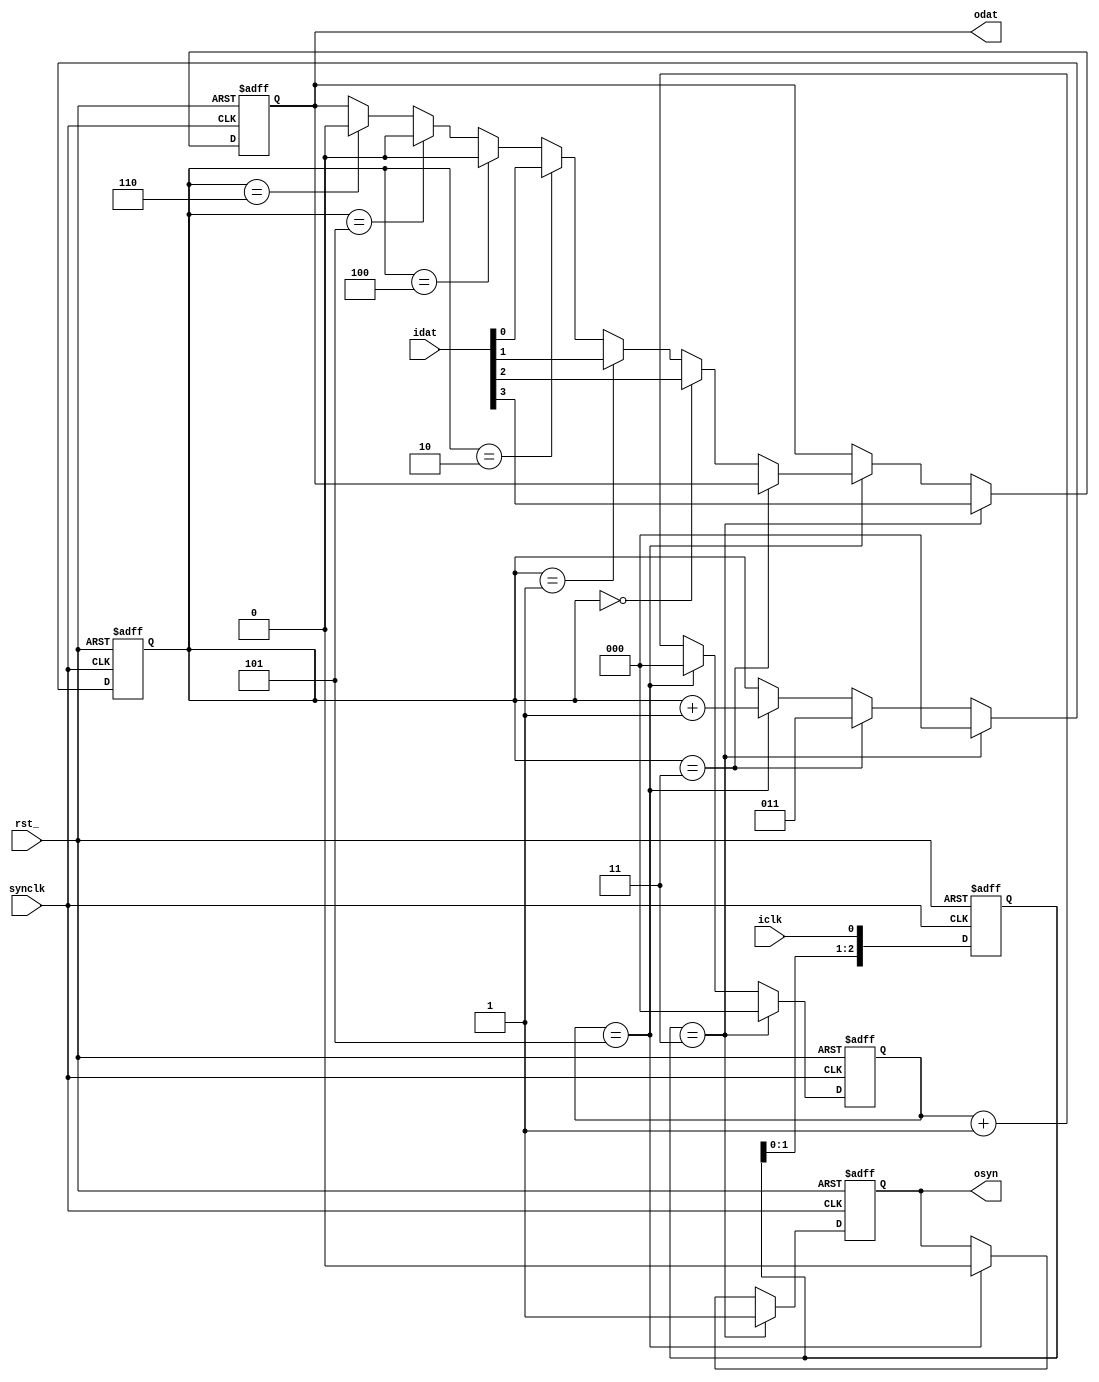
// Description  : mux 8,7,6,5,4,3,2,1 for FPGA intergration
////////////////////////////////////////////////////////////////////////////////

module intfmux8
    (
     rst_,
     synclk,    // high clock for capturing data (155.52Mhz)
     
     iclk,      // clk data 4.86Mhz
     idat,      // MSB first

     odat,      // data out
     osyn       // 
     );

////////////////////////////////////////////////////////////////////////////////
// Parameter declarations

parameter   LINEBIT = 1;            // Bit of data after MUX
parameter   MUX     = 4;            // Mux 4, 3, or 2
parameter   BITTS   = 3;            // Bit of time slot counter
parameter   MAXTS   = 6;            // Number of time slot synclk to hold transmit data

// not change parameter
parameter   DATABIT = LINEBIT*MUX;  // Bit of data before MUX
parameter   NULL    = (9-MUX)*LINEBIT;

////////////////////////////////////////////////////////////////////////////////
// Port declarations

input                rst_;
input                synclk;

input                iclk;
input [DATABIT-1:0]  idat;

output [LINEBIT-1:0] odat;
output               osyn;

////////////////////////////////////////////////////////////////////////////////
// Local logic and instantiation

// iclk detect posedge
reg [2:0]   shfdet;
always @(posedge synclk or negedge rst_)
    begin
    if(!rst_) shfdet <= 3'd0;
    else shfdet <= {shfdet[1:0],iclk};
    end

wire    posdet;
assign  posdet = shfdet == 3'b011;

//wire    posdet1,posdet2;
//fflopx #(2) regposdet(synclk,rst_,{posdet,posdet1},{posdet1,posdet2});

wire    capture;
assign  capture = posdet;

reg [BITTS-1:0] cntts;
wire    endcntts;
assign  endcntts = cntts == (MAXTS-1);

always @(posedge synclk or negedge rst_)
    begin
    if     (!rst_)    cntts <= {BITTS{1'b0}};
    else if(capture)  cntts <= {BITTS{1'b0}};
    else if(endcntts) cntts <= {BITTS{1'b0}};
    else              cntts <= cntts + 1'b1;
    end

reg [2:0] cntph;
wire      endcntph;
assign    endcntph = cntph == (MUX-1);

always @(posedge synclk or negedge rst_)
    begin
    if(!rst_) cntph <= 3'd0;
    else if(capture)  cntph <= 3'd0;
    else if(endcntph) cntph <= MUX-1;
    else if(endcntts) cntph <= cntph + 1'b1;
    end

wire [9*LINEBIT-1:0] idatpro;
assign               idatpro = {idat,{NULL{1'b0}}};

reg [LINEBIT-1:0] odat;
always @(posedge synclk or negedge rst_)
    begin
    if(!rst_) odat <= {LINEBIT{1'b0}};
    else if(capture)           odat <= idatpro[(9*LINEBIT-1):(8*LINEBIT)];
    else if(endcntts)
        begin
        if     (endcntph)      odat <= odat;
        else if(cntph == 3'd0) odat <= idatpro[(8*LINEBIT-1):(7*LINEBIT)];
        else if(cntph == 3'd1) odat <= idatpro[(7*LINEBIT-1):(6*LINEBIT)];
        else if(cntph == 3'd2) odat <= idatpro[(6*LINEBIT-1):(5*LINEBIT)];
        else if(cntph == 3'd3) odat <= idatpro[(5*LINEBIT-1):(4*LINEBIT)];
        else if(cntph == 3'd4) odat <= idatpro[(4*LINEBIT-1):(3*LINEBIT)];
        else if(cntph == 3'd5) odat <= idatpro[(3*LINEBIT-1):(2*LINEBIT)];
        else if(cntph == 3'd6) odat <= idatpro[(2*LINEBIT-1):(1*LINEBIT)];
        end
    end

reg     osyn;
always @(posedge synclk or negedge rst_)
    begin
    if(!rst_) osyn <= 1'b0;
    else if(capture)  osyn <= 1'b1;
    else if(endcntts) osyn <= 1'b0;
    end

endmodule